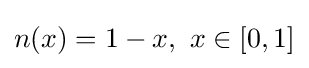
n(x)=1-x,\ x\in [0,1]